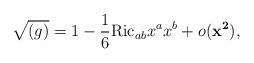
LaTeX: \begin{align*}\sqrt{(g)} = 1 - \frac{1}{6} \mathrm{Ric}_{ab} x^{a} x^{b} + o({\mathbf{x^{2}}}),\end{align*}